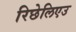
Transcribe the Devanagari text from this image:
रिछेलिएउ